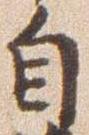
自